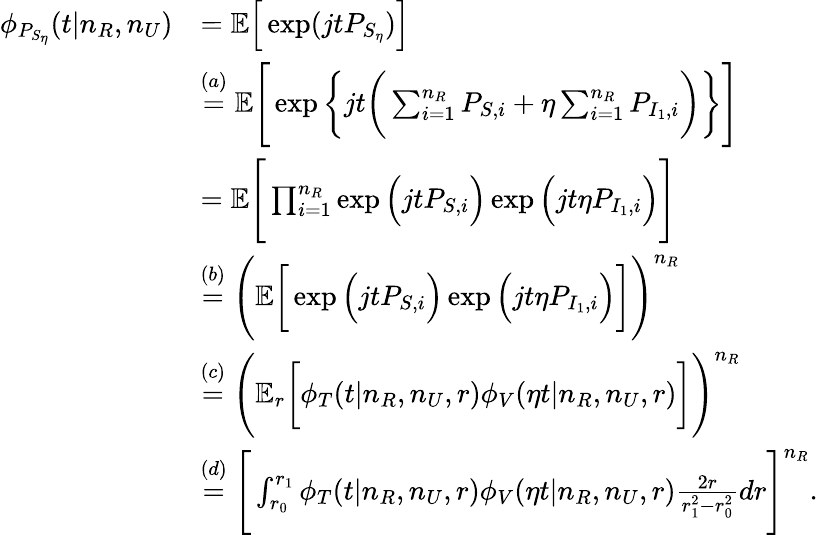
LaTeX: \begin{array}{rl}{\phi_{P_{S_{\eta}}}(t|n_{R},n_{U})}&{=\mathbb{E}\Big[\exp(jtP_{S_{\eta}})\Big]}\\ &{\stackrel{(a)}{=}\mathbb{E}\Bigg[\exp\bigg\{ jt\bigg(\sum_{i=1}^{n_{R}}P_{S,i}+\eta\sum_{i=1}^{n_{R}}P_{I_{1},i}\bigg)\bigg\} \Bigg]}\\ &{=\mathbb{E}\Bigg[\prod_{i=1}^{n_{R}}\exp\Big(jtP_{S,i}\Big)\exp\Big(jt\eta P_{I_{1},i}\Big)\Bigg]}\\ &{\stackrel{(b)}{=}\Bigg(\mathbb{E}\bigg[\exp\Big(jtP_{S,i}\Big)\exp\Big(jt\eta P_{I_{1},i}\Big)\bigg]\Bigg)^{n_{R}}}\\ &{\stackrel{(c)}{=}\Bigg(\mathbb{E}_{r}\bigg[\phi_{T}(t|n_{R},n_{U},r)\phi_{V}(\eta t|n_{R},n_{U},r)\bigg]\Bigg)^{n_{R}}}\\ &{\stackrel{(d)}{=}\Bigg[\int_{r_{0}}^{r_{1}}\phi_{T}(t|n_{R},n_{U},r)\phi_{V}(\eta t|n_{R},n_{U},r)\frac{2r}{r_{1}^{2}-r_{0}^{2}}dr\Bigg]^{n_{R}}.}\end{array}